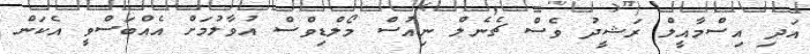
އަދި އިސްމާއީލް ރަޝީދު ވެސް ޗެނެލް ނިއުސް މޯލްޑިވްސް އުވާލުމަށް އެއްބަސްވީ އެކަން